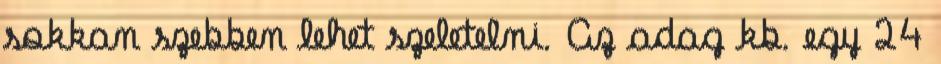
sokkan szebben lehet szeletelni. Az adag kb. egy 24